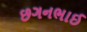
છગનભાઈ